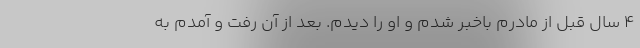
۴ سال قبل از مادرم باخبر شدم و او را دیدم. بعد از آن رفت و آمدم به